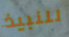
للنبيذ